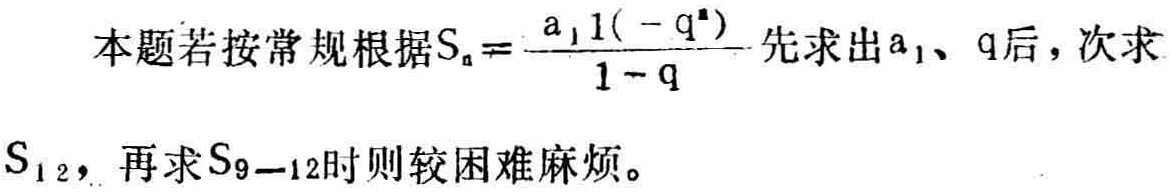
本题若按常规根据\(S_{n}=\frac{a_{1}(1 - q^{n})}{1 - q}\)先求出\(a_{1}\)、\(q\)后，次求\(S_{12}\)，再求\(S_{9 - 12}\)时则较困难麻烦。